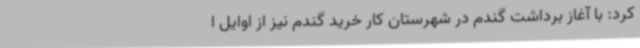
کرد: با آغاز برداشت گندم‌ در شهرستان کار خرید گندم نیز از اوایل ا